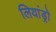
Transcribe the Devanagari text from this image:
लियांड्रो